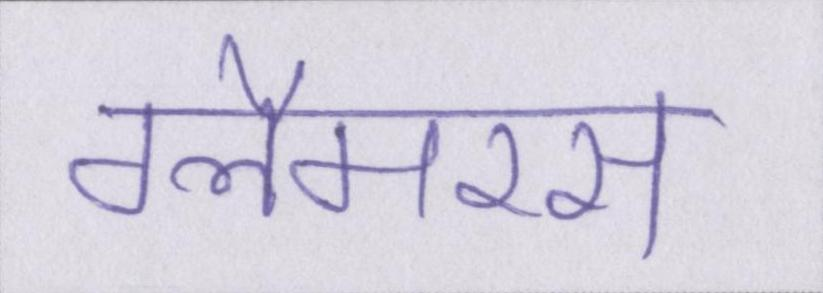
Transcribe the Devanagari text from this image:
ग्लैमरस